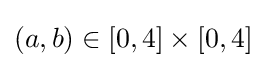
(a,b)\in [0,4]\times [0,4]